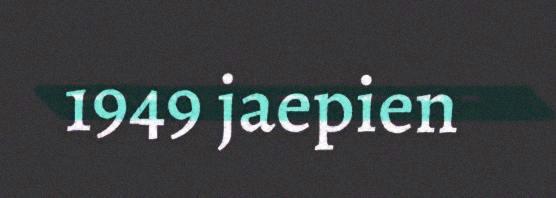
1949 jaepien